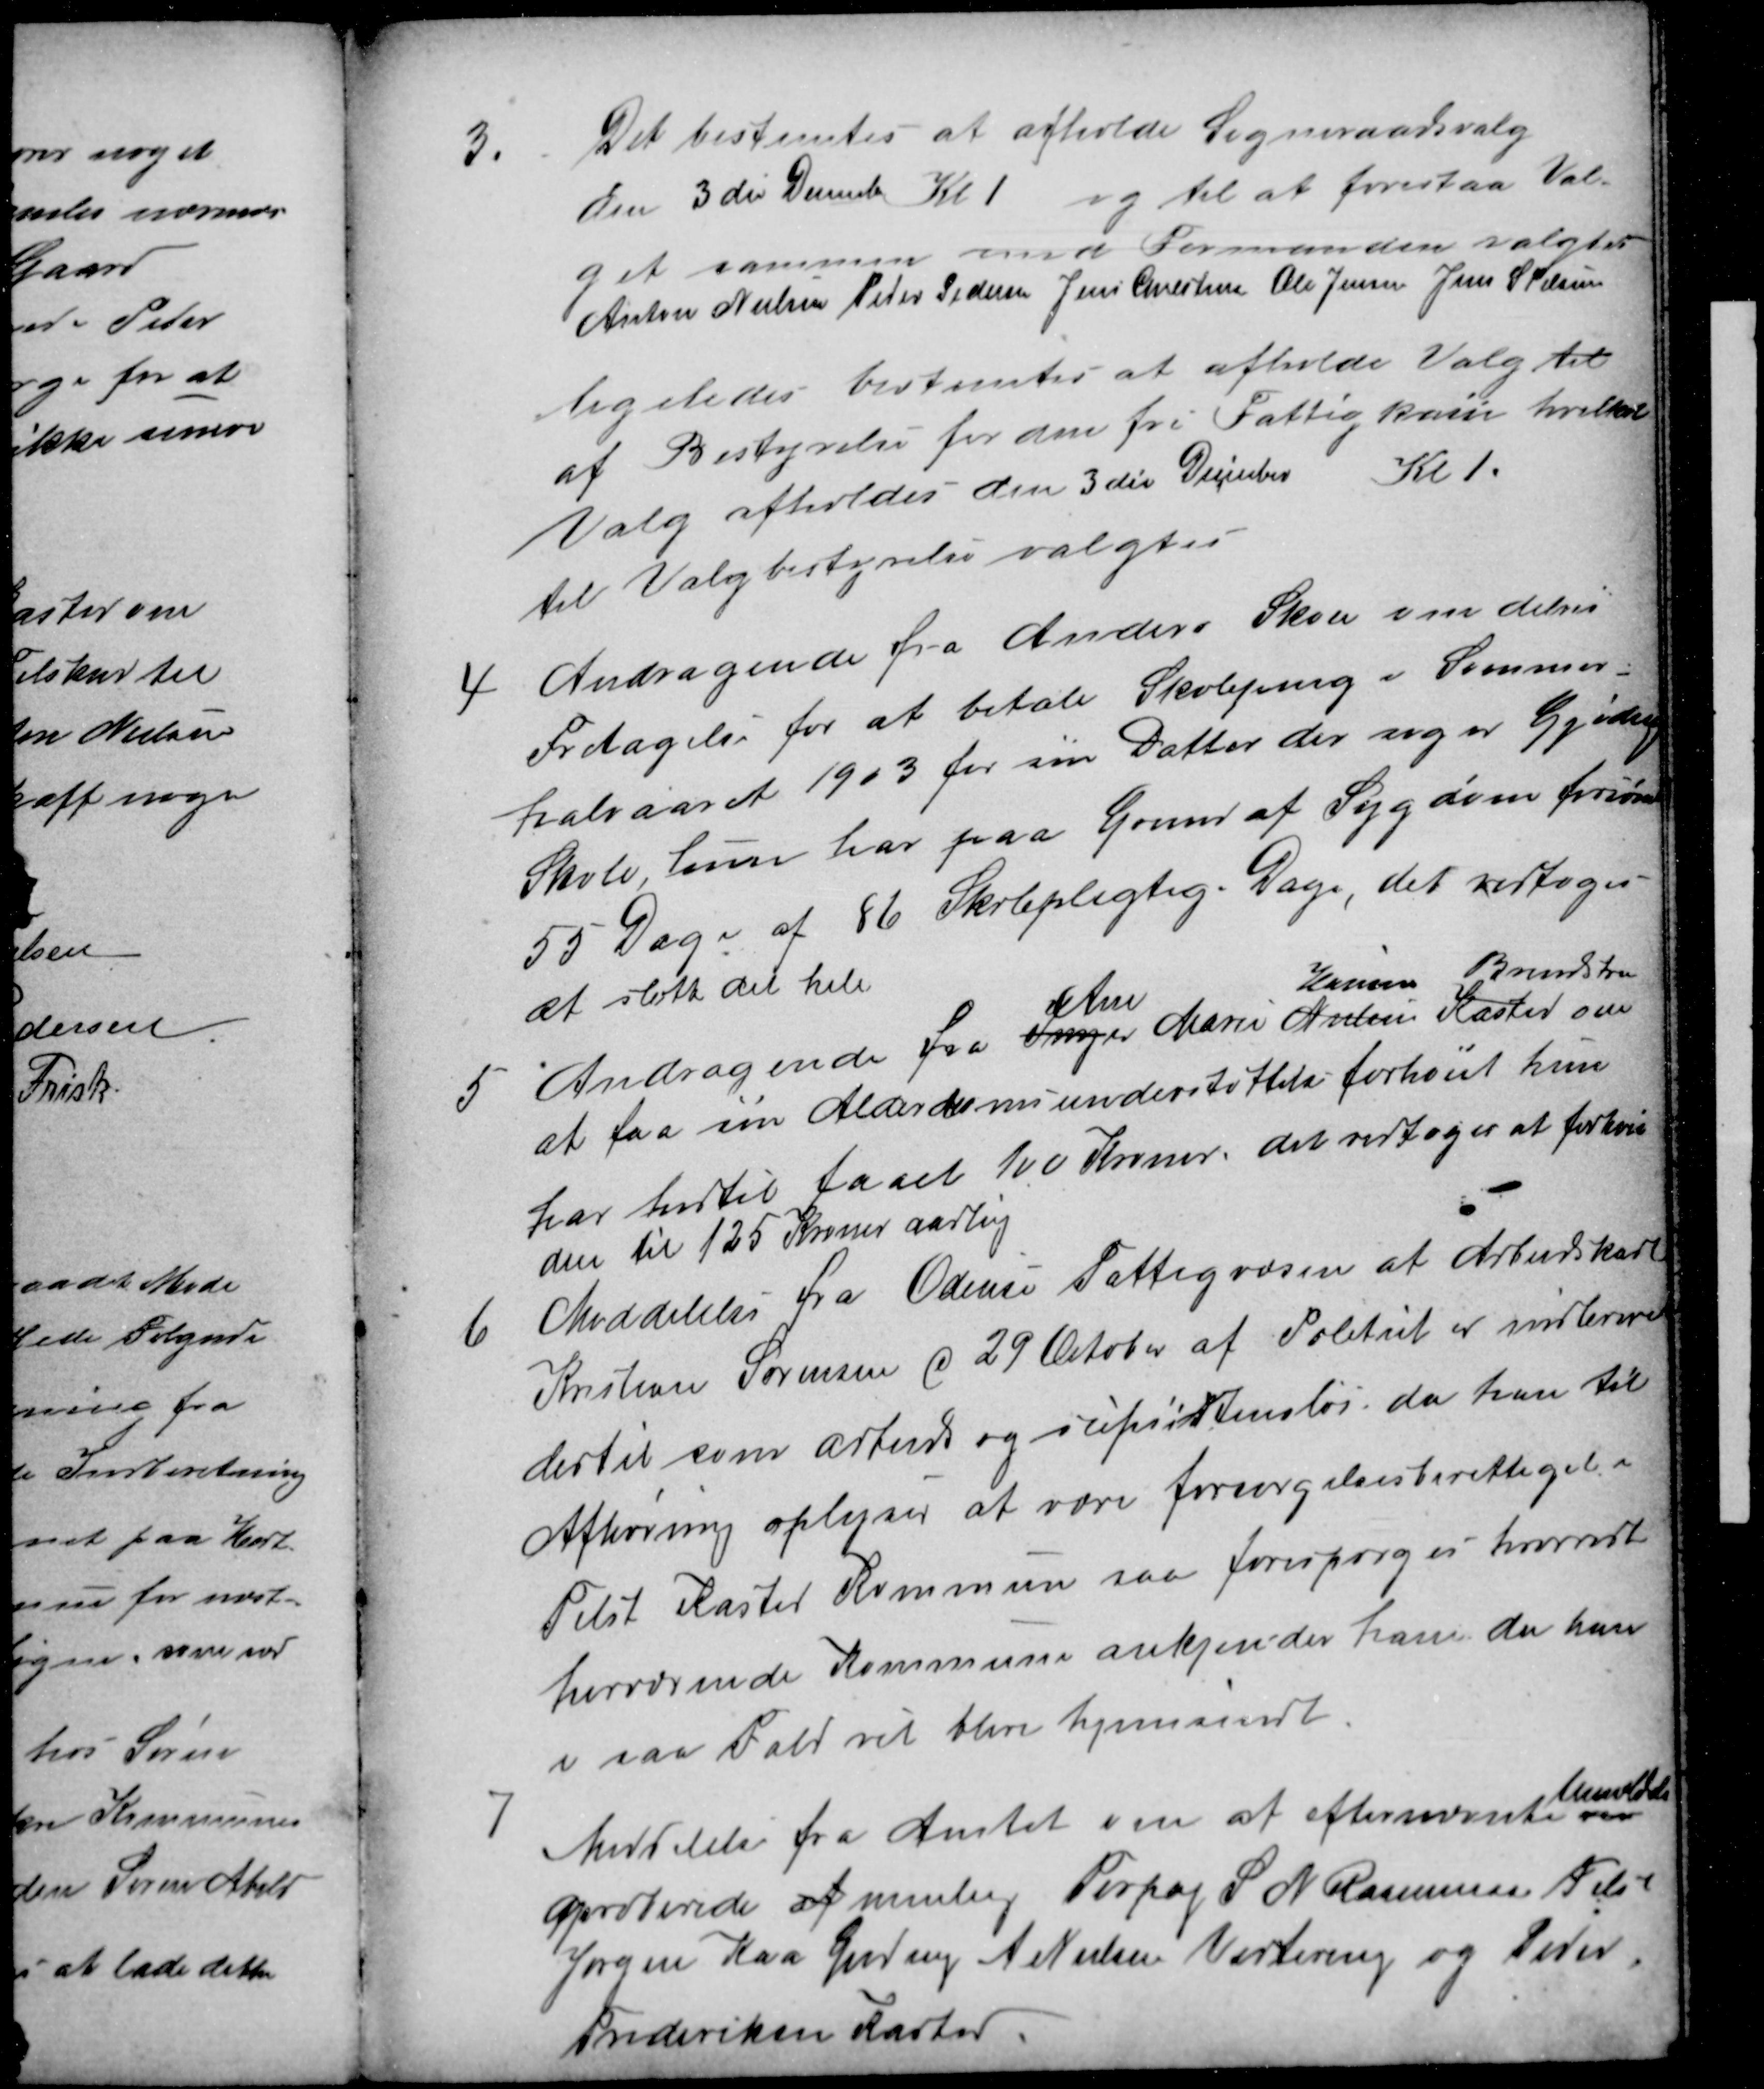
Transskription:
3
Det bestemtes at afholde Sogneraadsvalg
den 3 die December Kl 1 og til at forestaa Val-
get sammen med Formanden valgtes
Anton Nielsen Peder Pedersen Jens Christensen Ole Jensen Jens S Pelsen
ligeledes bestemtes at afholde Valg til
af Bestyrelse for den fri Fattigkasse hvilket
Valg afholdes den 3 die December Kl 1.
til Valgbestyrelse valgtes
4
Andragende fra Anders Skou om delvis
Fritagelse for at betale Skolegang i Sommer-
halvaaret 1903 for sin Datter der søger Gjeding
Skole, hun har paa Grund af Sygdom forsømt
55 Dage af 86 Skolepligtige Dage, det vedtoges
et slette det hele
5
Andragende fra Inger 
Ane
Marie Nielsen 
Hansen
Kasted
Brendstrup
om
at faa sin Alderdomsunderstøttelse forhøiet hun
har hidtil faaet 100 Kroner, det vedtoges at forhøie
den til 125 Kroner aarlig
6
Meddelelse fra Odense Fattigvæsen at Arbeidskarl
Kristian Sørensen d 29 October af Politiet er indleveret
dertil som arbeids og supsistensløs, da han til
Afhøring oplyser at være forsørgelsesberettiget i
Tilst Kasted Kommune saa forespørges hvorvidt
herværende Kommune anekjender ham, da han
i saa Fald vil blive hjemsendt.
7
Meddelelse fra Amtet om at efternævnte om
henholds
aproberede af nemlig Forpag S N Rasmussen Tilst
Jørgen Kaa Gjeding A. Nielsen Vestereng og Peder
Frederiksen Kasted.